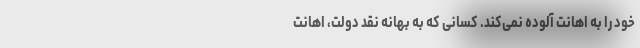
خود را به اهانت آلوده نمی‌کند. کسانی که به بهانه نقد دولت، اهانت